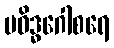
ပဝိဒ္ဓဂေါစရေ